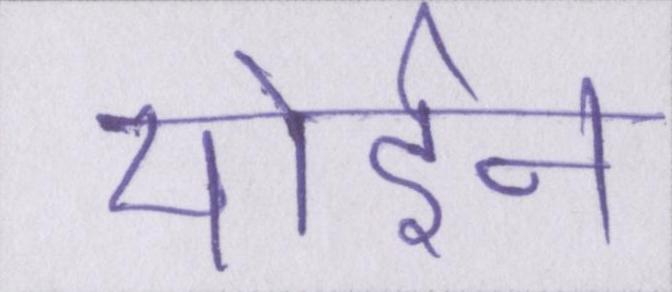
मोईन